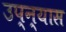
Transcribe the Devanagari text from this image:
उप्न्यास